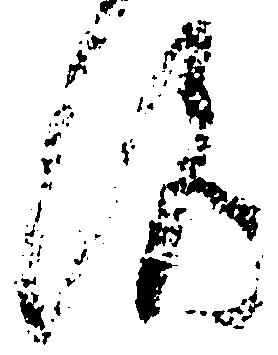
洛